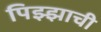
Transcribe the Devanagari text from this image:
पिझ्झाची